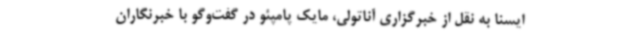
ایسنا به نقل از خبرگزاری آناتولی، مایک پامپئو در گفت‌وگو با خبرنگاران